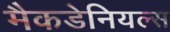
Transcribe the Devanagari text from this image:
मैकडेनियल्स